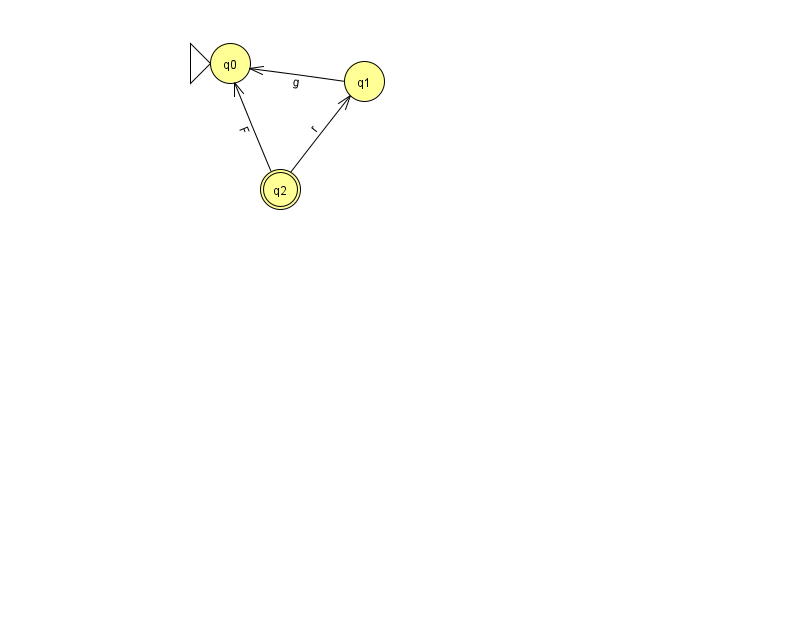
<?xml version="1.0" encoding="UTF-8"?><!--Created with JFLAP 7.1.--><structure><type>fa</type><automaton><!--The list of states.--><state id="0" name="q0"><x>230.0</x><y>50.0</y><initial/></state><state id="1" name="q1"><x>364.0</x><y>68.0</y></state><state id="2" name="q2"><x>280.0</x><y>176.0</y><final/></state><!--The list of transitions.--><transition><from>2</from><to>1</to><read>r</read></transition><transition><from>1</from><to>0</to><read>g</read></transition><transition><from>2</from><to>0</to><read>F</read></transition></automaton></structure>